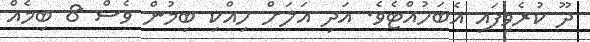
ދޫ ކުރެވިފައި އެބަހުއްޓެވެ. އަދި އަލަށް ހިއްކި ބިމުން ވެސް 8 ބިމެއް